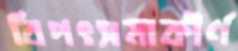
বিপৎসমাকীর্ণ